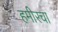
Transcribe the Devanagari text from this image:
हमीरचा